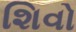
શિવો